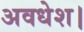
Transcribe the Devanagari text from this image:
अवधेश।